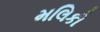
મલિકી